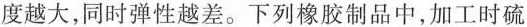
度越大，同时弹性越差。下列橡胶制品中，加工时硫